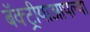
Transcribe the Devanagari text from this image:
बॅक्ट्रीयाआपल्या